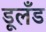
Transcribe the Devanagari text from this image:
डूलँड